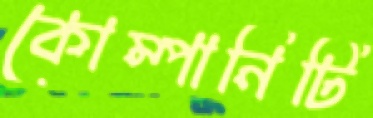
কোম্পানিটি